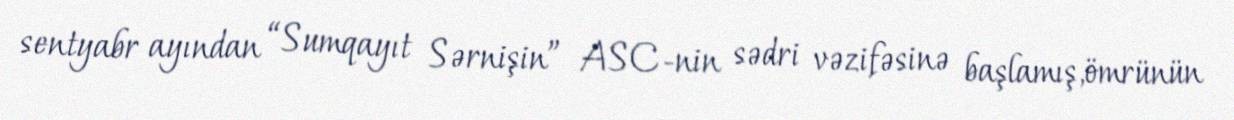
sentyabr ayından “Sumqayıt Sərnişin” ASC-nin sədri vəzifəsinə başlamış,ömrünün